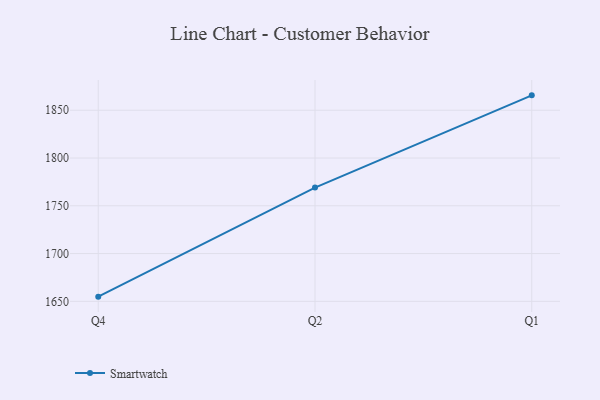
{"axis": {"x": "Quarter", "y": "Bounce Rate (%)"}, "legend": ["Smartwatch"], "data": [{"x": "Q4", "y": 1654.9, "type": "Smartwatch"}, {"x": "Q2", "y": 1769.1, "type": "Smartwatch"}, {"x": "Q1", "y": 1865.6, "type": "Smartwatch"}]}